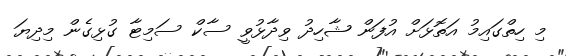
މި ހިތްގައިމު އަތޮޅަށް އުފަން ޝާހިދު ވިދާޅުވީ ސާކް ސަމިޓާ ގުޅިގެން މިދިޔަ